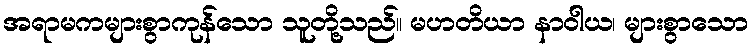
အရာမကများစွာကုန်သော သူတို့သည်။ မဟတိယာ နာဝါယ၊ များစွာသော